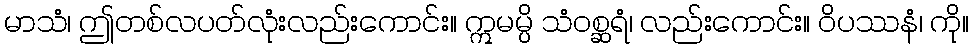
မာသံ၊ ဤတစ်လပတ်လုံးလည်းကောင်း။ ဣမမ္ပိ သံဝစ္ဆရံ၊ လည်းကောင်း။ ဝိပဿနံ၊ ကို။